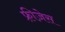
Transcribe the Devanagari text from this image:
फ़्रीज़ेस